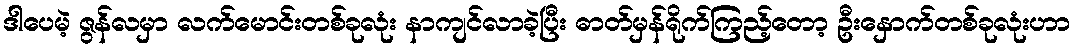
ဒါပေမဲ့ ဇွန်လမှာ လက်မောင်းတစ်ခုလုံး နာကျင်လာခဲ့ပြီး ဓာတ်မှန်ရိုက်ကြည့်တော့ ဦးနှောက်တစ်ခုလုံးဟာ